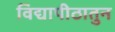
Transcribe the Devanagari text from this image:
विद्यापीठातुन